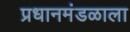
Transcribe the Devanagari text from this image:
प्रधानमंडळाला